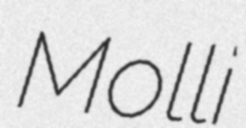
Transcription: Molli